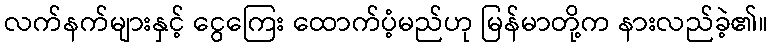
လက်နက်များနှင့် ငွေကြေး ထောက်ပံ့မည်ဟု မြန်မာတို့က နားလည်ခဲ့၏။